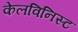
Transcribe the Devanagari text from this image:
केलविनिस्ट